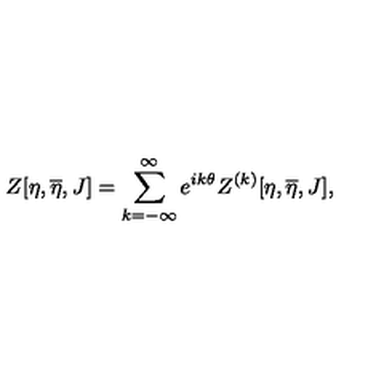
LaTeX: Z [ \eta , \overline { { \eta } } , J ] = \sum _ { k = - \infty } ^ { \infty } e ^ { i k \theta } Z ^ { ( k ) } [ \eta , \overline { { \eta } } , J ] ,